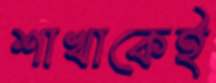
শাখাকেই